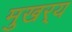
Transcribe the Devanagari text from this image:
मुखर्‍य